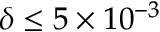
\delta \le 5 \times 1 0 ^ { - 3 }